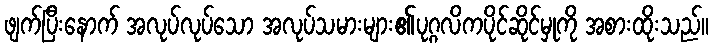
ဖျက်ပြီးနောက် အလုပ်လုပ်သော အလုပ်သမားများ၏ပုဂ္ဂလိကပိုင်ဆိုင်မှုကို အစားထိုးသည်။